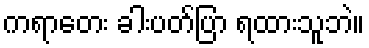
ကရာတေး ခါးပတ်ပြာ ရထားသူဘဲ။